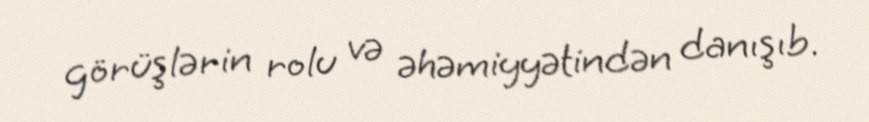
görüşlərin rolu və əhəmiyyətindən danışıb.